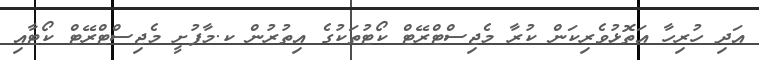
އަދި ހުރިހާ އަތޮޅުވެރިކަން ކުރާ މެޖިސްޓްރޭޓް ކޯޓުތަކުގެ އިތުރުން ކ.މާފުށީ މެޖިސްޓްރޭޓް ކޯޓާއި